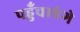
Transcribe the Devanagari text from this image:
पहुँचाएंगे